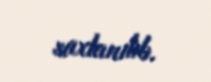
saxlanılıb.